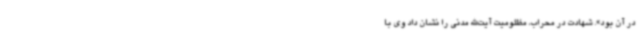
در آن بود». شهادت در محراب، مظلومیت آیت‌الله مدنی را نشان داد وی با